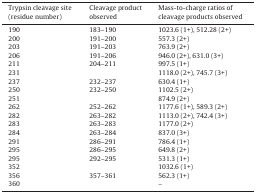
<table><thead><tr><td><b>Trypsin cleavage site (residue number)</b></td><td><b>Cleavage product observed</b></td><td><b>Mass-to-charge ratios of cleavage products observed</b></td></tr></thead><tbody><tr><td>190</td><td>183–190</td><td>1023.6 (1+), 512.28 (2+)</td></tr><tr><td>200</td><td>191–200</td><td>557.3 (2+)</td></tr><tr><td>203</td><td>191–203</td><td>763.9 (2+)</td></tr><tr><td>206</td><td>191–206</td><td>946.0 (2+), 631.0 (3+)</td></tr><tr><td>211</td><td>204–211</td><td>997.5 (1+)</td></tr><tr><td>231</td><td>[EMPTY_CELL]</td><td>1118.0 (2+), 745.7 (3+)</td></tr><tr><td>237</td><td>232–237</td><td>630.4 (1+)</td></tr><tr><td>250</td><td>232–250</td><td>1102.5 (2+)</td></tr><tr><td>251</td><td>[EMPTY_CELL]</td><td>874.9 (2+)</td></tr><tr><td>262</td><td>252–262</td><td>1177.6 (1+), 589.3 (2+)</td></tr><tr><td>282</td><td>263–282</td><td>1113.0 (2+), 742.4 (3+)</td></tr><tr><td>283</td><td>263–283</td><td>1177.0 (2+)</td></tr><tr><td>284</td><td>263–284</td><td>837.0 (3+)</td></tr><tr><td>291</td><td>286–291</td><td>786.4 (1+)</td></tr><tr><td>295</td><td>286–295</td><td>649.8 (2+)</td></tr><tr><td>295</td><td>292–295</td><td>531.3 (1+)</td></tr><tr><td>352</td><td>[EMPTY_CELL]</td><td>1032.6 (1+)</td></tr><tr><td>356</td><td>357–361</td><td>562.3 (1+)</td></tr><tr><td>360</td><td>[EMPTY_CELL]</td><td>–</td></tr></tbody></table>